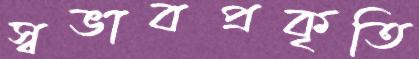
স্বভাবপ্রকৃতি